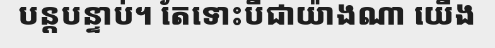
បន្តបន្ទាប់។ តែទោះបីជាយ៉ាងណា យើង